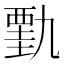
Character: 𰴋